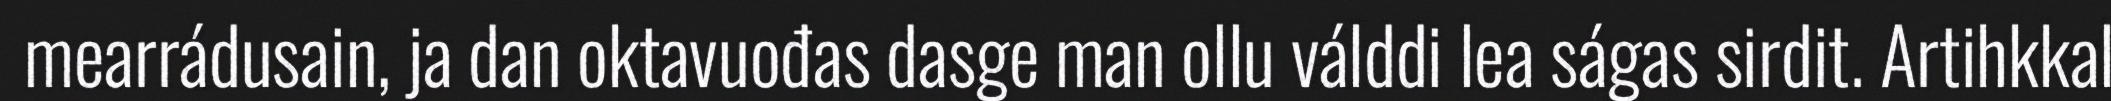
mearrádusain, ja dan oktavuođas dasge man ollu válddi lea ságas sirdit. Artihkkal